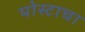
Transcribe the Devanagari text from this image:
पोस्टाचा